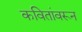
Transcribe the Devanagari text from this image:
कवितांवरून